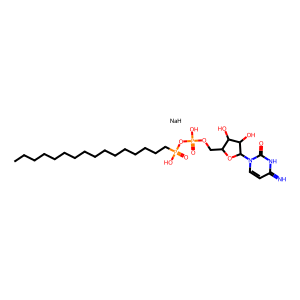
SMILES: CCCCCCCCCCCCCCCCP(=O)(O)OP(=O)(O)OCC1OC(n2ccc(=N)[nH]c2=O)C(O)C1O.[NaH]
Inhibits HIV replication: No